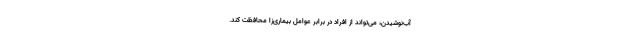
آب‌نوشیدن، می‌تواند از افراد در برابر عوامل بیماری‌زا محافظت کند.